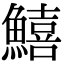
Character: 鱚